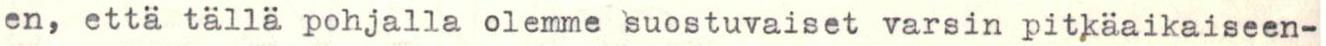
en, että tällä pohjalla olemme suostuvaiset varsin pitkäaikaiseen-